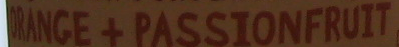
ORANGE + PASSIONFRUIT